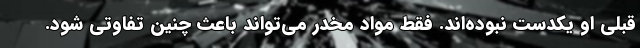
قبلی او یکدست نبوده‌اند. فقط مواد مخدر می‌تواند باعث چنین تفاوتی شود.